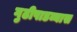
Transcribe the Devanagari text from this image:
गुढीपाडव्यास